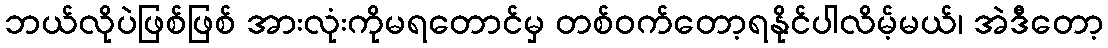
ဘယ်လိုပဲဖြစ်ဖြစ် အားလုံးကိုမရတောင်မှ တစ်ဝက်တော့ရနိုင်ပါလိမ့်မယ်၊ အဲဒီတော့